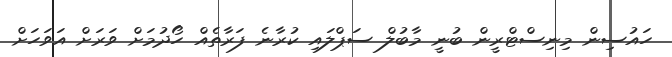
ހައުސިން މިނިސްޓްރީން ބުނީ މާބުލް ސަޕްލައި ކުރާނެ ފަރާތެއް ހޯދުމަަށް ވަރަށް އަވަހަށް